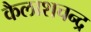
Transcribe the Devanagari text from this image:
कैलाशचन्द्र